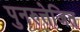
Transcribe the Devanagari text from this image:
पुनरुत्तेजित